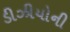
ડીઝીયોની